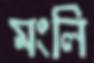
মংলি